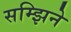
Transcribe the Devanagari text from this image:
सम्झिने